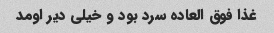
غذا فوق العاده سرد بود و خیلی دیر اومد